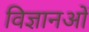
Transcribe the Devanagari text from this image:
विज्ञानओं